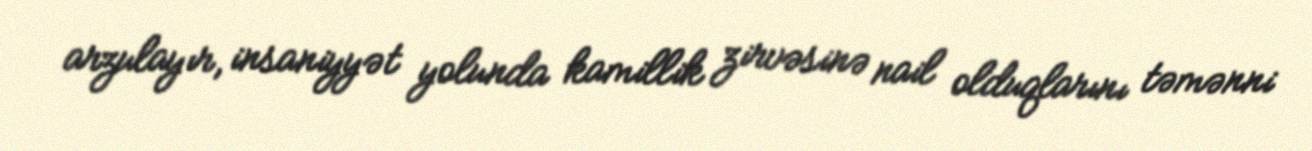
arzulayır, insaniyyət yolunda kamillik zirvəsinə nail olduqlarını təmənni